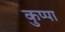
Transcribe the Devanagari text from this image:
कुप्‍पा